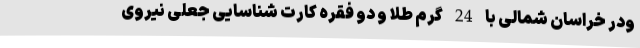
ودر خراسان شمالی با 24 گرم طلا و دو فقره کارت شناسایی جعلی نیروی